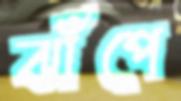
ঝাঁপে